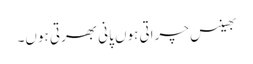
بھینس چراتی ہوں پانی بھرتی ہوں۔